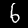
Label: 6